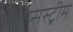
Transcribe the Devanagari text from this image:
स्लिप्सस्ट्रीम